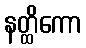
နတ္ထိကော